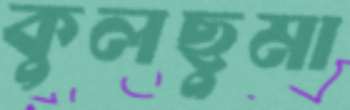
কুলছুমা